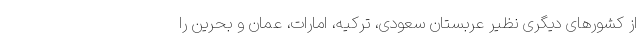
از کشورهای دیگری نظیر عربستان سعودی، ترکیه، امارات، عمان و بحرین را